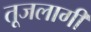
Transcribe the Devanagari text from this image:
तूजलागी